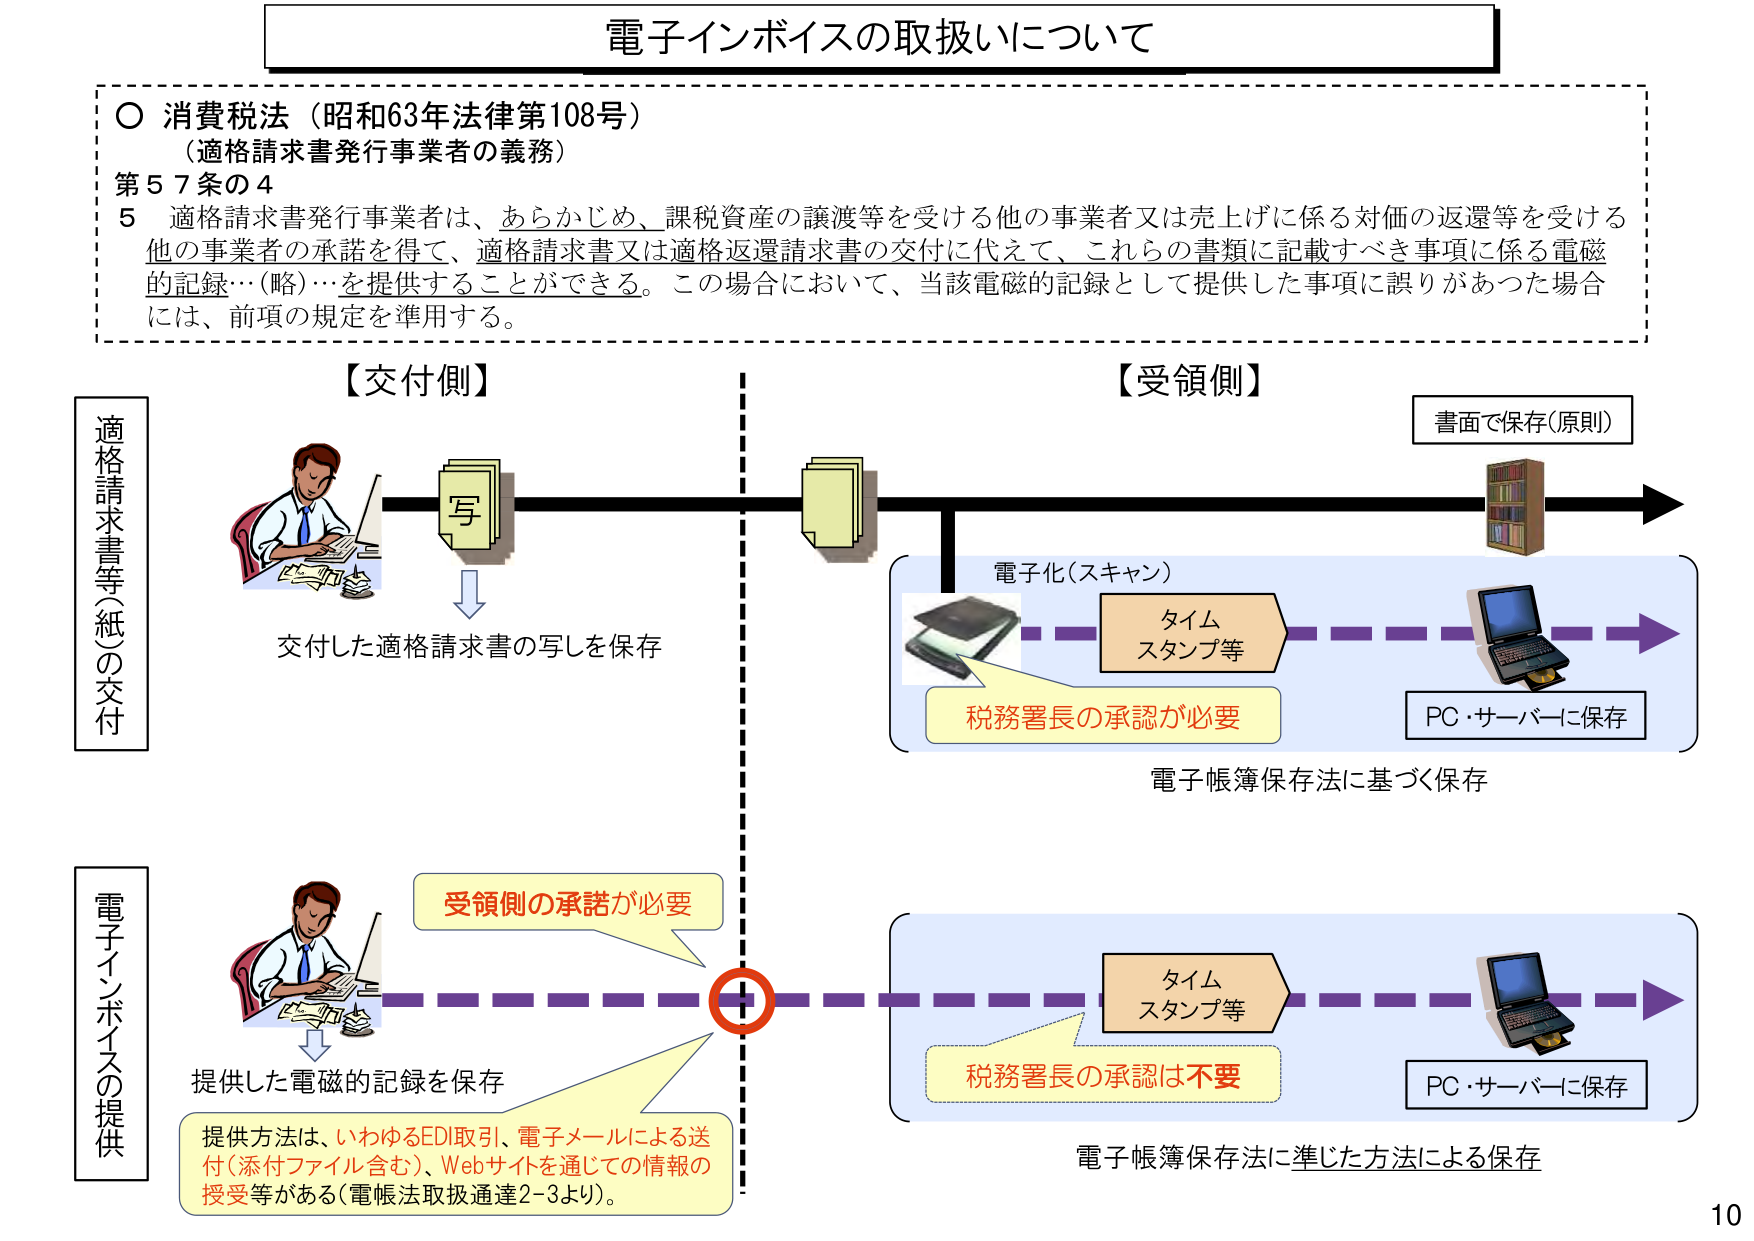
電子インボイスの取扱いについて

○ 消費税法（昭和63年法律第108号）
（適格請求書発行事業者の義務）
第57条の4
5 適格請求書発行事業者は、あらかじめ、課税資産の譲渡等を受ける他の事業者又は売上げに係る対価の返還等を受ける他の事業者の承諾を得て、適格請求書又は適格返還請求書の交付に代えて、これらの書類に記載すべき事項に係る電磁的記録…（略）…を提供することができる。この場合において、当該電磁的記録として提供した事項に誤りがあった場合には、前項の規定を準用する。

【交付側】
適格請求書等（紙）の交付
写
交付した適格請求書の写しを保存

【受領側】
書面で保存（原則）
電子化（スキャン）
タイム
スタンプ等
税務署長の承認が必要
PC・サーバーに保存
電子帳簿保存法に基づく保存

電子インボイスの提供
受領側の承諾が必要
提供した電磁的記録を保存
提供方法は、いわゆるEDI取引、電子メールによる送付（添付ファイル含む）、Webサイトを通じての情報の受受等がある（電帳法取扱通達2-3より）。
タイム
スタンプ等
税務署長の承認は不要
PC・サーバーに保存
電子帳簿保存法に準じた方法による保存

10